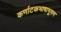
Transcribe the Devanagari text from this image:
कर्णाटकभाषाभूषण